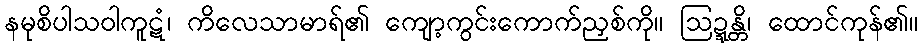
နမုစိပါသဝါကူဋံ၊ ကိလေသာမာရ်၏ ကျော့ကွင်းကောက်ညှစ်ကို။ ဩဍ္ဍန္တိ၊ ထောင်ကုန်၏။